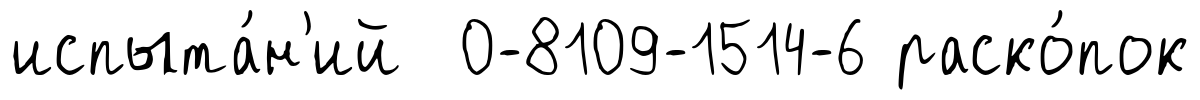
испыта́н'ий 0-8109-1514-6 раско́пок